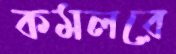
কমলরে